Vaccination in Bombay 1863-1868 - 1863-1868
Year: 1863
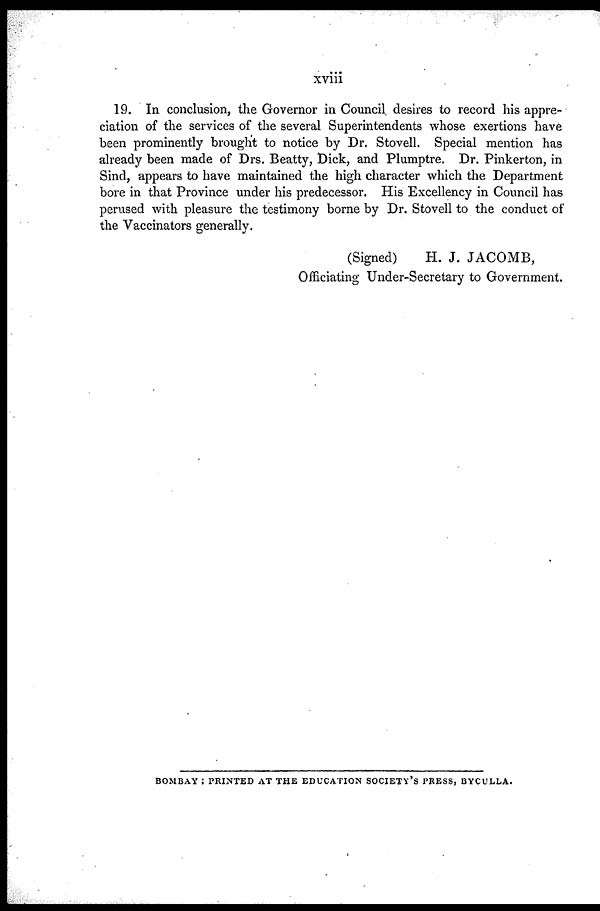
xviii
19. In conclusion, the Governor in Council desires to record his appre-
ciation of the services of the several Superintendents whose exertions have
been prominently brought to notice by Dr. Stovell. Special mention has
already been made of Drs. Beatty, Dick, and Plumptre. Dr. Pinkerton, in
Sind, appears to have maintained the high character which the Department
bore in that Province under his predecessor. His Excellency in Council has
perused with pleasure the testimony borne by Dr. Stovell to the conduct of
the Vaccinators generally.
(Signed)
H. J. JACOMB,
Officiating Under-Secretary to Government.
BOMBAY : PRINTED AT THE EDUCATION SOCIETY'S PRESS, BYCULLA.